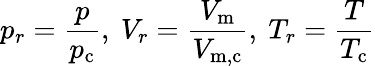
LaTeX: p_{r}={\frac{p}{p_{\mathrm{c}}}},\ V_{r}={\frac{V_{\mathrm{m}}}{V_{\mathrm{m,c}}}},\ T_{r}={\frac{T}{T_{\mathrm{c}}}}